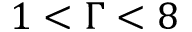
1 < \Gamma < 8